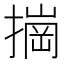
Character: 𰔠